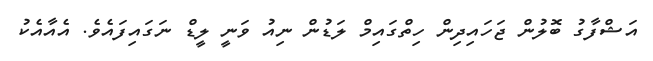
އަޝްފާގު ބޮލުން ޖަހައިދިން ހިތްގައިމް ލަޑުން ނިއު ވަނީ ލީޑް ނަގައިފައެވެ. އެއާއެކު